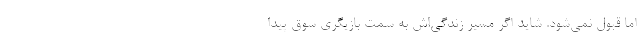
اما قبول نمی‌شود. شاید اگر مسیر زندگی‌اش به سمت بازیگری سوق پیدا